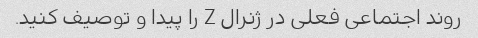
روند اجتماعی فعلی در ژنرال Z را پیدا و توصیف کنید.